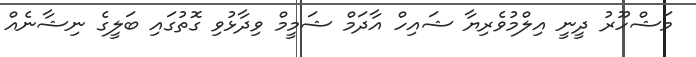
މަޝްހޫރު ދީނީ އިލްމުވެރިޔާ ޝައިހް އާދަމް ޝަމީމް ވިދާޅުވި ގޮތުގައި ބަލީގެ ނިޝާނެއް